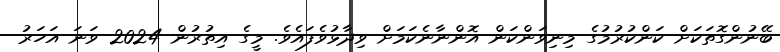
ބޭނުންގޮތަކަށް ކަންކުރުމުގެ މިނިވަންކަން އޮންނާނެކަމަށް ވިދާޅުވެފައެވެ. މީގެ އިތުރުން 2024 ވަނަ އަހަރު